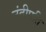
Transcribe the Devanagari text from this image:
नंदीपति